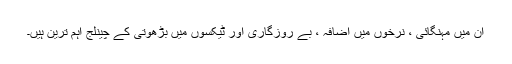
ان میں مہنگائی ، نرخوں میں اضافہ ، بے روزگاری اور ٹیکسوں میں بڑھوتی کے چینلج اہم ترین ہیں۔